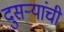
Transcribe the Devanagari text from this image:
दुसऱ्यांची